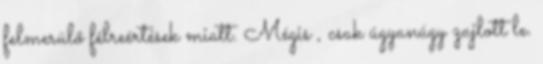
felmerülő félreértések miatt. Mégis , csak úgyanúgy zajlott le.